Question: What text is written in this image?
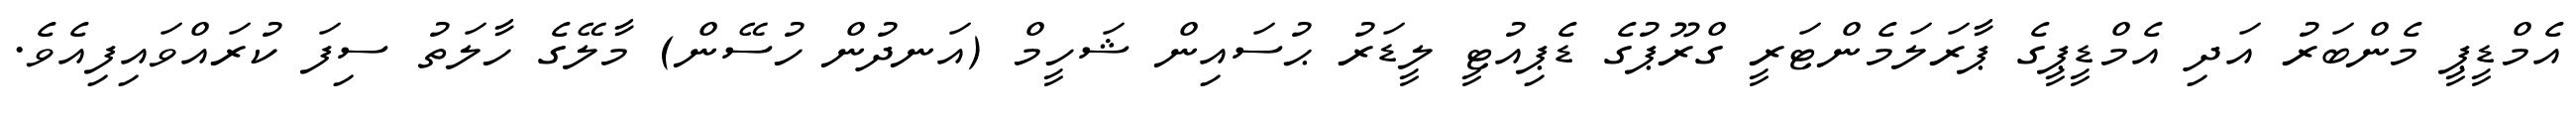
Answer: އެމްޑީޕީ މެންބަރު އަދި އެމްޑީޕީގެ ޕާރަލަމެންޓަރީ ގްރޫޕުގެ ޑެޕިއުޓީ ލީޑަރު ޙުސައިން ޝަހީމް (އަނދުން ހުސޭން) މާލޭގެ ހާލަތު ސިފަ ކުރައްވައިފިއެވެ.